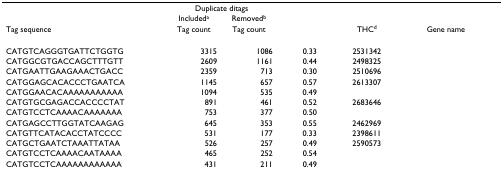
<table><thead><tr><td>[EMPTY_CELL]</td><td colspan="2"><b>Duplicate ditags</b></td><td>[EMPTY_CELL]</td><td>[EMPTY_CELL]</td><td>[EMPTY_CELL]</td></tr><tr><td>[EMPTY_CELL]</td><td><b>Included<sup>a</sup></b></td><td><b>Removed<sup>b</sup></b></td><td>[EMPTY_CELL]</td><td>[EMPTY_CELL]</td><td>[EMPTY_CELL]</td></tr><tr><td><b>Tag sequence</b></td><td><b>Tag count</b></td><td><b>Tag count</b></td><td>[EMPTY_CELL]</td><td><b>THC<sup>d</sup></b></td><td><b>Gene name</b></td></tr></thead><tbody><tr><td>CATGTCAGGGTGATTCTGGTG</td><td>3315</td><td>1086</td><td>0.33</td><td>2531342</td><td>[EMPTY_CELL]</td></tr><tr><td>CATGGCGTGACCAGCTTTGTT</td><td>2609</td><td>1161</td><td>0.44</td><td>2498325</td><td>[EMPTY_CELL]</td></tr><tr><td>CATGAATTGAAGAAACTGACC</td><td>2359</td><td>713</td><td>0.30</td><td>2510696</td><td>[EMPTY_CELL]</td></tr><tr><td>CATGGAGCACACCCTGAATCA</td><td>1145</td><td>657</td><td>0.57</td><td>2613307</td><td>[EMPTY_CELL]</td></tr><tr><td>CATGGAACACAAAAAAAAAAA</td><td>1094</td><td>535</td><td>0.49</td><td>[EMPTY_CELL]</td><td>[EMPTY_CELL]</td></tr><tr><td>CATGTGCGAGACCACCCCTAT</td><td>891</td><td>461</td><td>0.52</td><td>2683646</td><td>[EMPTY_CELL]</td></tr><tr><td>CATGTCCTCAAAACAAAAAAA</td><td>753</td><td>377</td><td>0.50</td><td>[EMPTY_CELL]</td><td>[EMPTY_CELL]</td></tr><tr><td>CATGAGCCTTGGTATCAAGAG</td><td>645</td><td>353</td><td>0.55</td><td>2462969</td><td>[EMPTY_CELL]</td></tr><tr><td>CATGTTCATACACCTATCCCC</td><td>531</td><td>177</td><td>0.33</td><td>2398611</td><td>[EMPTY_CELL]</td></tr><tr><td>CATGCTGAATCTAAATTATAA</td><td>526</td><td>257</td><td>0.49</td><td>2590573</td><td>[EMPTY_CELL]</td></tr><tr><td>CATGTCCTCAAAACAATAAAA</td><td>465</td><td>252</td><td>0.54</td><td>[EMPTY_CELL]</td><td>[EMPTY_CELL]</td></tr><tr><td>CATGTCCTCAAAAAAAAAAAA</td><td>431</td><td>211</td><td>0.49</td><td>[EMPTY_CELL]</td><td>[EMPTY_CELL]</td></tr></tbody></table>